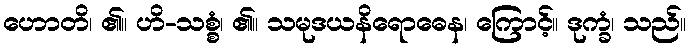
ဟောတိ၊ ၏။ ဟိ-သစ္စံ၊ ၏။ သမုဒယနိရောဓေန၊ ကြောင့်။ ဒုက္ခံ၊ သည်။